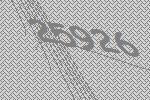
25926